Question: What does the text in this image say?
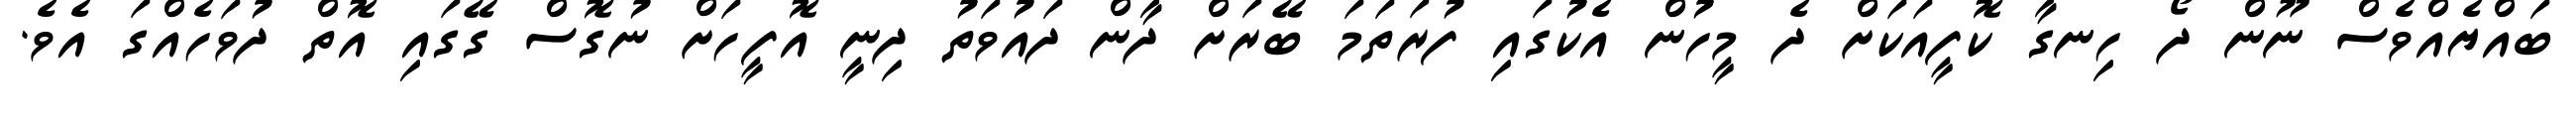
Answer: ބައްޔެއްވެސް ނޫން ދޯ ހިނގާ ކޮފީއަކަށް ދެ މީހުން އެކުގައި ފުރަތަމަ ބޭރަށް ދާން ދައުވަތު ދިނީ އޮފީހަށް ނުގޮސް ގޭގައި އޮތް ދުވަހެއްގަ އެވެ.